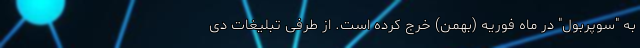
به "سوپربول" در ماه فوریه (بهمن) خرج کرده است. از طرفی تبلیغات دی